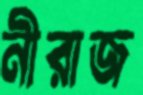
নীরাজ